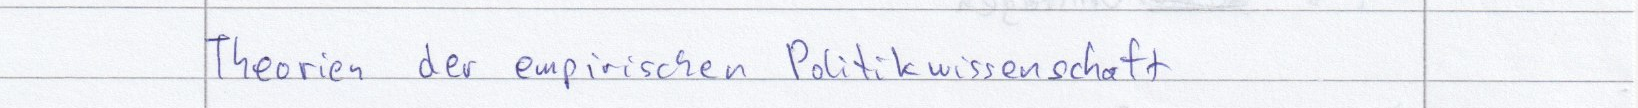
Theorien der empirischen Politikwissenschaft